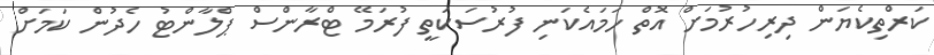
ކަރްތިކެޔަން ދިރިހުރުމަށް އޮތް ހަމައެކަނި ފުރުސަކަތީ ފުރަމޭ ޓްރާންސް ޕްލާންޓު ހެދުން ކަމަށް